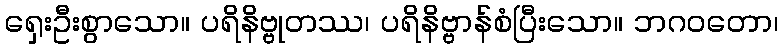
ရှေးဦးစွာသော။ ပရိနိဗ္ဗုတဿ၊ ပရိနိဗ္ဗာန်စံပြီးသော။ ဘဂဝတော၊